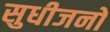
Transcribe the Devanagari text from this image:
सुधीजनों